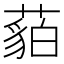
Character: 𱾡